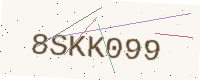
Text: 8SKK099